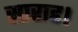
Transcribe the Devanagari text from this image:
साराह।